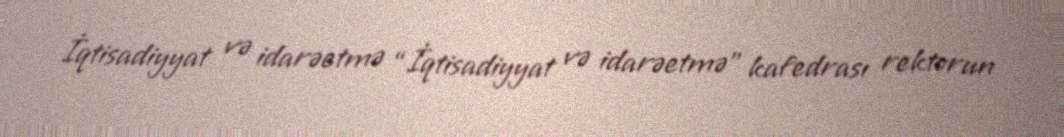
İqtisadiyyat və idarəetmə “İqtisadiyyat və idarəetmə” kafedrası rektorun